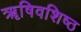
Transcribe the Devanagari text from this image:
ॠषिवशिष्ठ